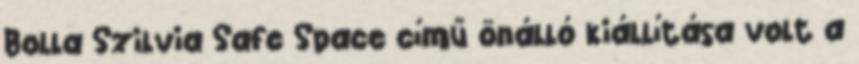
Bolla Szilvia Safe Space című önálló kiállítása volt a